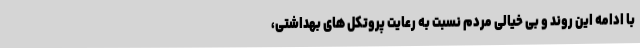
با ادامه این روند و بی خیالی مردم نسبت به رعایت پروتکل های بهداشتی،